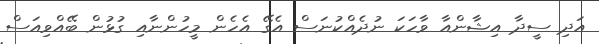
އަދި ސީދާ އިޝާންއާ ވާހަކަ ނުދެއްކުނަސް އެގޭ އެހެން މީހުންނާއި ގުޅުން ބޭއްވިއަސް